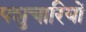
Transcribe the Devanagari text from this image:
पशुचारियों